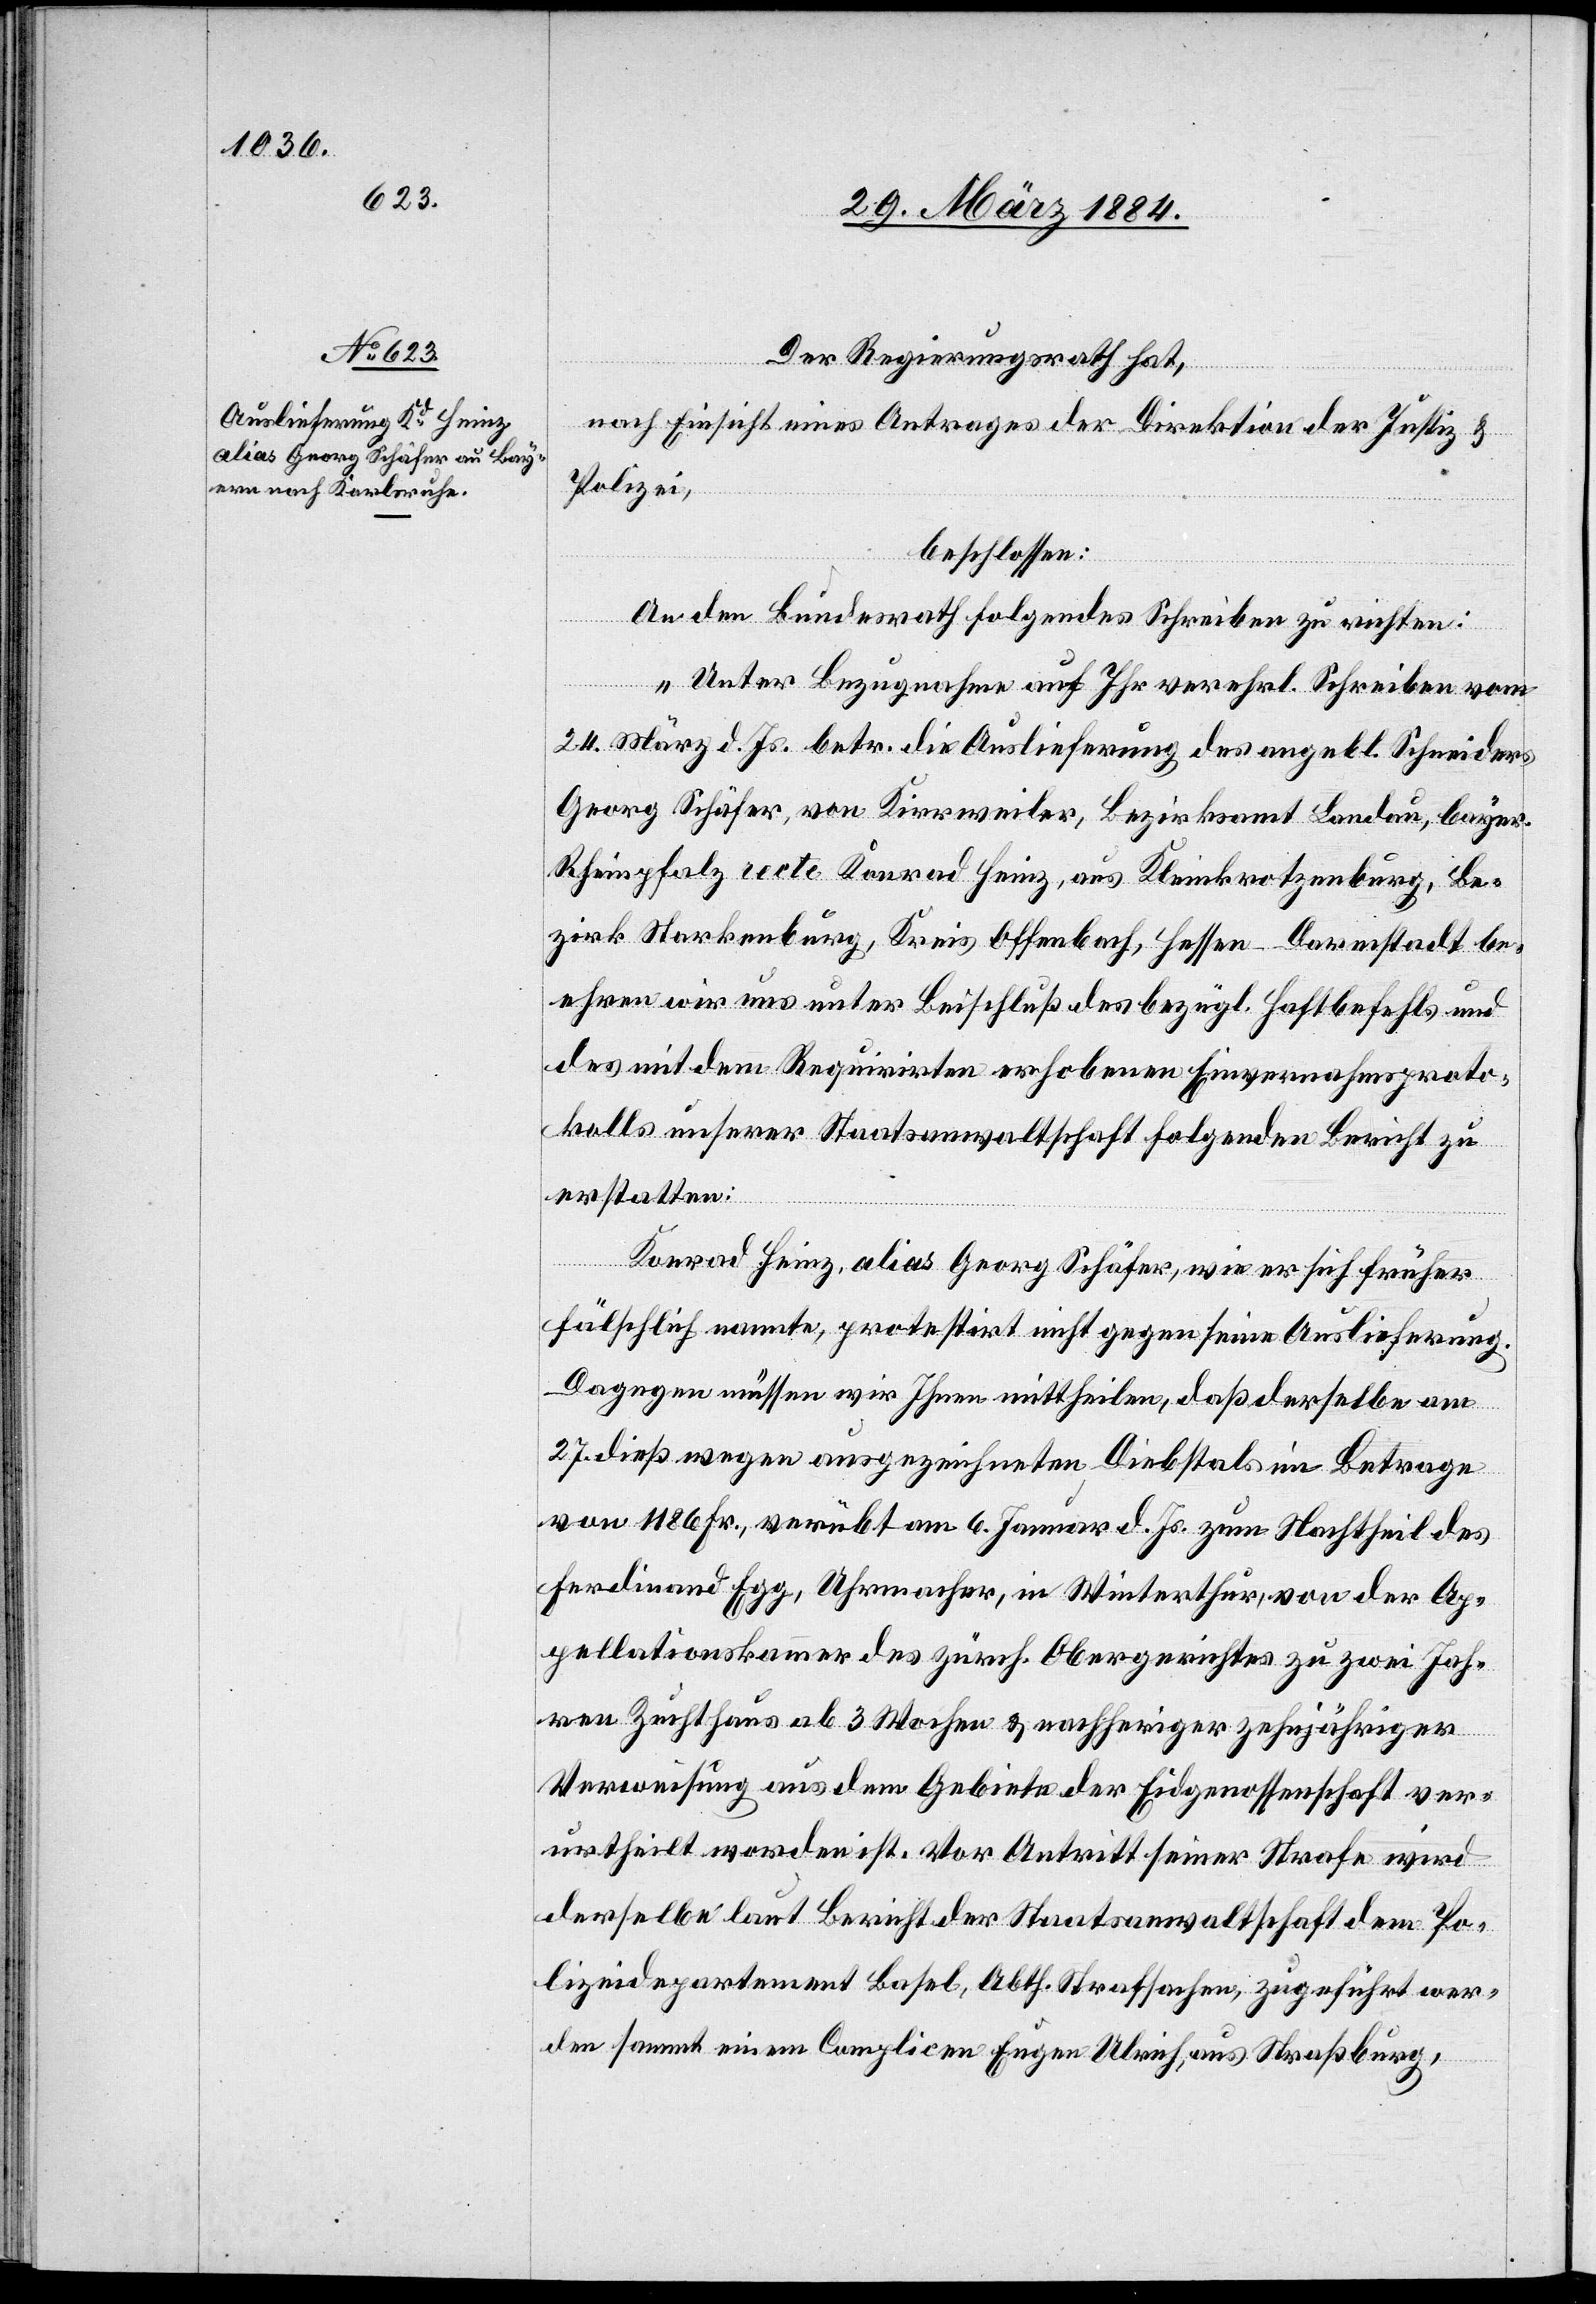
Der Regierungsrath hat,
nach Einsicht eines Antrages der Direktion der Justiz &
Polizei,
beschlossen:
An den Bundesrath folgendes Schreiben zu richten:
„Unter Bezugnahme auf Ihr verehrl. Schreiben vom
24. März d. Js. betr. die Auslieferung des angebl. Scheiders,
Georg Schäfer, von Kirrweiler, Bezirksamt Landau, bayer.
Rheinpfalz recte Konrad Heinz, aus Kleinkrotzenburg, Be¬
zirk Starkenburg, Kreis Offenbach, Hessen-Darmstadt be¬
ehren wir uns unter Beischluß des bezügl. Haftbefehls und
des mit dem Requirirten erhobenen Einvernahmsproto¬
kolls unserer Staatsanwaltschaft folgenden Bericht zu
erstatten:
Konrad Heinz, alias Georg Schäfer, wie er sich früher
fälschlich nannte, protestirt nicht gegen seine Auslieferung.
Dagegen müssen wir Ihnen mittheilen, daß derselbe am
27. dieß wegen ausgezeichneten Diebstahls im Betrage
von 1186 Fr., verübt am 6. Januar d. Js. zum Nachtheil des
Ferdinand Egg, Uhrmacher, in Winterthur, von der Ap¬
pellationskammer des zürch. Obergerichtes zu zwei Jah¬
ren Zuchthaus ab 3 Wochen & nachheriger zehnjähriger
Verweisung aus dem Gebiete der Eidgenossenschaft ver¬
urtheilt worden ist, vor Antritt seiner Strafe wird
derselbe laut Bericht der Staatsanwaltschaft dem Po¬
lizeidepartement Basel, Abth. Strafsachen, zugeführt wer¬
den sammt einem Complicen Eugen Ulrich, aus Straßburg,